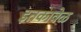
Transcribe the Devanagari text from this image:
इतकावेळ